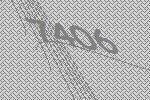
7406